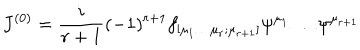
LaTeX: { J } ^ { ( 0 ) } = \frac { i } { r + 1 } ( - 1 ) ^ { r + 1 } f _ { [ \mu _ { 1 } \dots \mu _ { r } ; \mu _ { r + 1 } ] } \psi ^ { \mu _ { 1 } } \dots \psi ^ { \mu _ { r + 1 } }